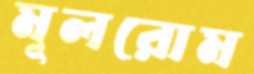
মূলরোম